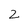
Character: 2